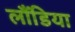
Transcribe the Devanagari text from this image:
लौंडिया